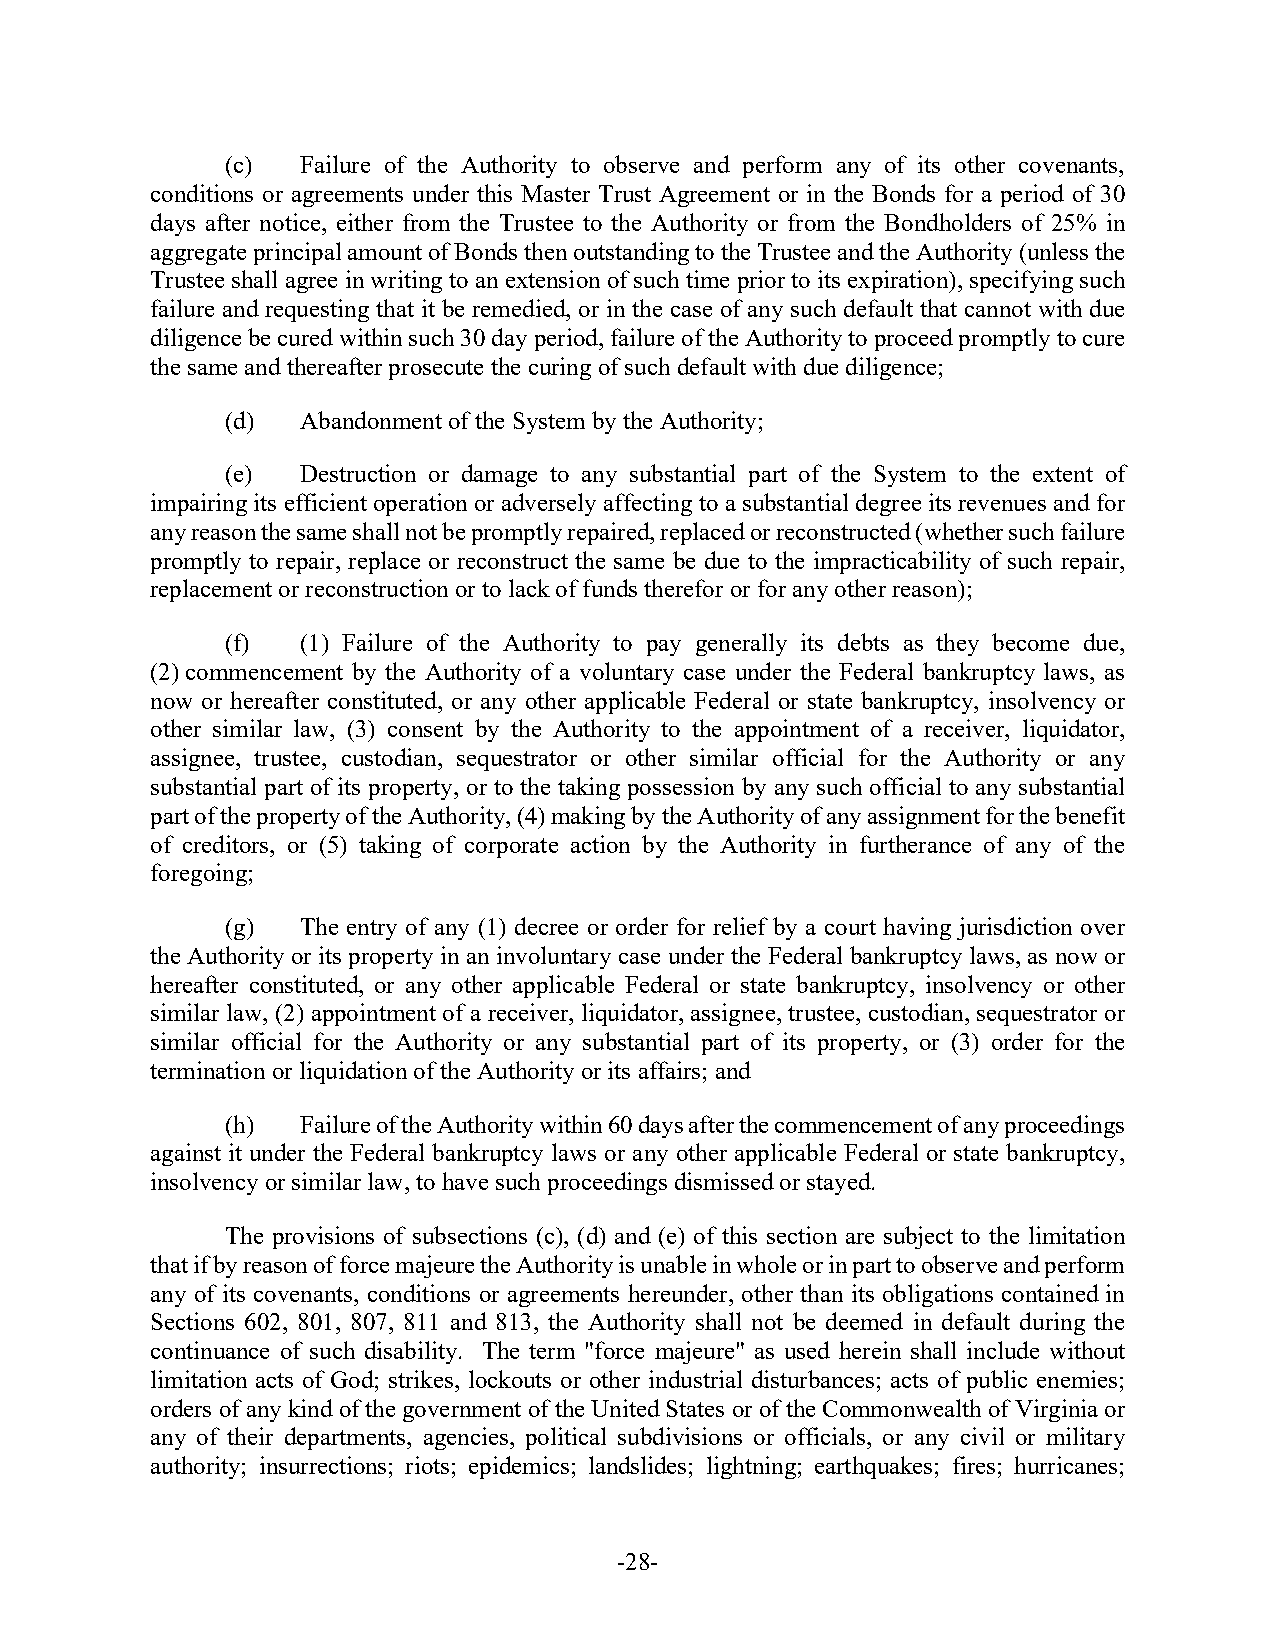
(c)  Failure of the Authority to observe and perform any of its other covenants,
 conditions or agreements under this Master Trust Agreement or in the Bonds for a period of 30
 days after notice, either from the Trustee to the Authority or from the Bondholders of 25% in
 aggregate principal amount of Bonds then outstanding to the Trustee and the Authority (unless the
 Trustee shall agree in writing to an extension of such time prior to its expiration), specifying such
 failure and requesting that it be remedied, or in the case of any such default that cannot with due
 diligence be cured within such 30 day period, failure of the Authority to proceed promptly to cure
 the same and thereafter prosecute the curing of such default with due diligence;
 (d)  Abandonment of the System by the Authority;
 (e)  Destruction or damage to any substantial part of the System to the extent of
 impairing its efficient operation or adversely affecting to a substantial degree its revenues and for
 any reason the same shall not be promptly repaired, replaced or reconstructed (whether such failure
 promptly to repair, replace or reconstruct the same be due to the impracticability of such repair,
 replacement or reconstruction or to lack of funds therefor or for any other reason);
 (f)  (1) Failure of the Authority to pay generally its debts as they become due,
 (2) commencement by the Authority of a voluntary case under the Federal bankruptcy laws, as
 now or hereafter constituted, or any other applicable Federal or state bankruptcy, insolvency or
 other similar law, (3) consent by the Authority to the appointment of a receiver, liquidator,
 assignee, trustee, custodian, sequestrator or other similar official for the Authority or any
 substantial part of its property, or to the taking possession by any such official to any substantial
 part of the property of the Authority, (4) making by the Authority of any assignment for the benefit
 of creditors, or (5) taking of corporate action by the Authority in furtherance of any of the
 foregoing;
 (g)  The entry of any (1) decree or order for relief by a court having jurisdiction over
 the Authority or its property in an involuntary case under the Federal bankruptcy laws, as now or
 hereafter constituted, or any other applicable Federal or state bankruptcy, insolvency or other
 similar law, (2) appointment of a receiver, liquidator, assignee, trustee, custodian, sequestrator or
 similar official for the Authority or any substantial part of its property, or (3) order for the
 termination or liquidation of the Authority or its affairs; and
 (h)  Failure of the Authority within 60 days after the commencement of any proceedings
 against it under the Federal bankruptcy laws or any other applicable Federal or state bankruptcy,
 insolvency or similar law, to have such proceedings dismissed or stayed.
 The provisions of subsections (c), (d) and (e) of this section are subject to the limitation
 that if by reason of force majeure the Authority is unable in whole or in part to observe and perform
 any of its covenants, conditions or agreements hereunder, other than its obligations contained in
 Sections 602, 801, 807, 811 and 813, the Authority shall not be deemed in default during the
 continuance of such disability. The term "force majeure" as used herein shall include without
 limitation acts of God; strikes, lockouts or other industrial disturbances; acts of public enemies;
 orders of any kind of the government of the United States or of the Commonwealth of Virginia or
 any of their departments, agencies, political subdivisions or officials, or any civil or military
 authority; insurrections; riots; epidemics; landslides; lightning; earthquakes; fires; hurricanes;
 -28-